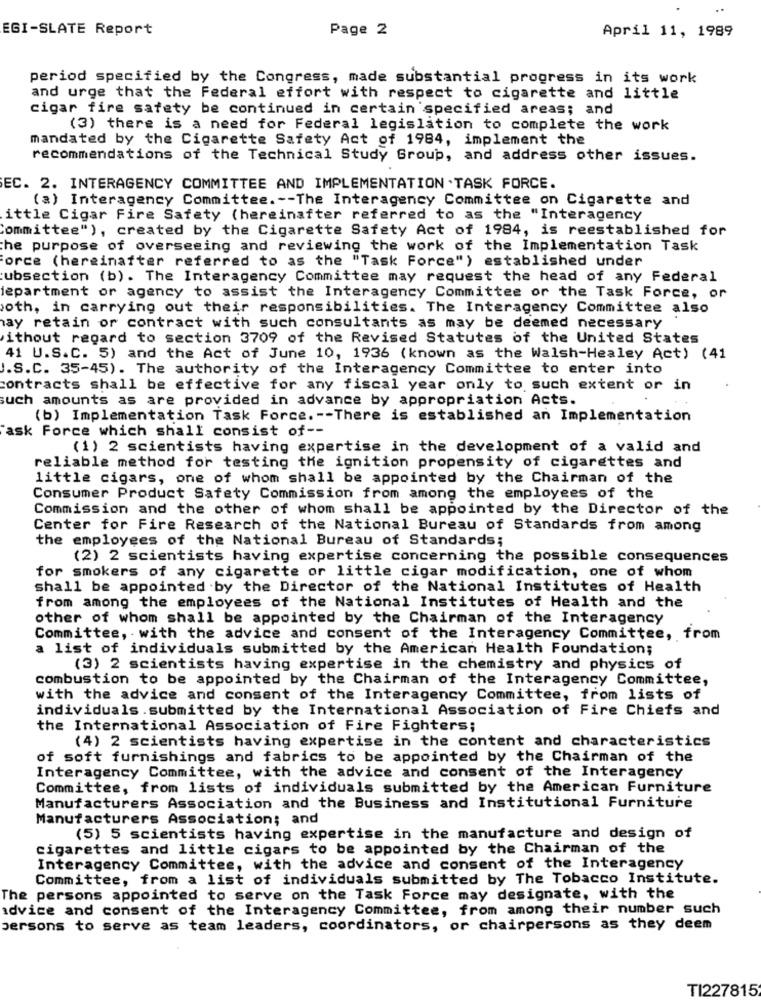
EGI-SLATE Report
Page 2
April 11, 1989
period specified by the Congress, made substantial progress in its work
and urge that the Federal effort with respect to cigarette and little
cigar fire safety be continued in certain specified areas; and
(3) there is a need for Federal legislation to complete the work
mandated by the Cigarette Safety Act of 1984, implement the
recommendations of the Technical Study Group, and address other issues.
EC. 2. INTERAGENCY COMMITTEE AND IMPLEMENTATION .TASK FORCE.
(a) Interagency Committee .-- The Interagency Committee on Cigarette and
ittle Cigar Fire Safety (hereinafter referred to as the "Interagency
Committee" ), created by the Cigarette Safety Act of 1984, is reestablished for
the purpose of overseeing and reviewing the work of the Implementation Task
Force (hereinafter referred to as the "Task Force") established under
subsection (b). The Interagency Committee may request the head of any Federal
department or agency to assist the Interagency Committee or the Task Force, or
oth, in carrying out their responsibilities. The Interagency Committee also
ay retain or contract with such consultants as may be deemed necessary
ithout regard to section 3709 of the Revised Statutes of the United States
41 U.S.C. 5) and the Act of June 10, 1936 (known as the Walsh-Healey Act) (41
J.S.C. 35-45). The authority of the Interagency Committee to enter into
contracts shall be effective for any fiscal year only to such extent or in
such amounts as are provided in advance by appropriation Acts.
(b) Implementation Task Force. -- There is established an Implementation
ask Force which shall consist of --
(1) 2 scientists having expertise in the development of a valid and
reliable method for testing the ignition propensity of cigarettes and
little cigars, one of whom shall be appointed by the Chairman of the
Consumer Product Safety Commission from among the employees of the
Commission and the other of whom shall be appointed by the Director of the
Center for Fire Research of the National Bureau of Standards from among
the employees of the National Bureau of Standards;
(2) 2 scientists having expertise concerning the possible consequences
for smokers of any cigarette or little cigar modification, one of whom
shall be appointed by the Director of the National Institutes of Health
from among the employees of the National Institutes of Health and the
other of whom shall be appointed by the Chairman of the Interagency
Committee, with the advice and consent of the Interagency Committee, from
a list of individuals submitted by the American Health Foundation;
(3) 2 scientists having expertise in the chemistry and physics of
combustion to be appointed by the Chairman of the Interagency Committee,
with the advice and consent of the Interagency Committee, from lists of
individuals .submitted by the International Association of Fire Chiefs and
the International Association of Fire Fighters;
(4) 2 scientists having expertise in the content and characteristics
of soft furnishings and fabrics to be appointed by the Chairman of the
Interagency Committee, with the advice and consent of the Interagency
Committee, from lists of individuals submitted by the American Furniture
Manufacturers Association and the Business and Institutional Furniture
Manufacturers Association; and
(5) 5 scientists having expertise in the manufacture and design of
cigarettes and little cigars to be appointed by the Chairman of the
Interagency Committee, with the advice and consent of the Interagency
Committee, from a list of individuals submitted by The Tobacco Institute.
The persons appointed to serve on the Task Force may designate, with the
advice and consent of the Interagency Committee, from among their number such
persons to serve as team leaders, coordinators, or chairpersons as they deem
TI227815